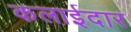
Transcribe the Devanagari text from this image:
कलाईदार